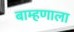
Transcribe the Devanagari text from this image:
बाम्हणाला